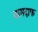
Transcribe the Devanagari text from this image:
नामदाफ